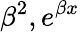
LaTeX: \beta^{2},e^{\beta x}